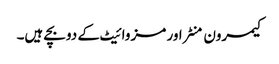
کیمرون منٹراور مز وائیٹ کے دو بچے ہیں۔